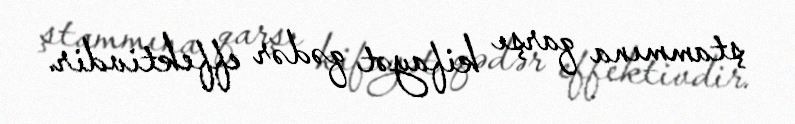
ştammına qarşı kifayət qədər effektivdir.